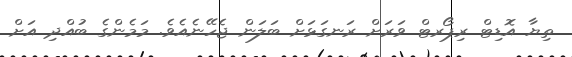
ތިޔާ އޮޑިޓް ރިޕޯރޓް ވަރަށް ރަނގަޅަށް ބަލަން ޖެހޭނެއެވެ. މަމެންގެ ބުއްދި އަށް